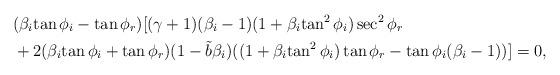
LaTeX: \begin{align*}&({\beta_i}{\tan{\phi_i}}-\tan{\phi_r})[(\gamma+1)(\beta_i-1)(1+{\beta_i}{\tan^2{\phi_i}})\sec^2{\phi_r}\\&+2({\beta_i}{\tan{\phi_i}}+\tan{\phi_r})(1-\tilde{b}{\beta_i})((1+{\beta_i}{\tan^2{\phi_i}})\tan{\phi_r}-\tan{\phi_i}(\beta_i-1))]=0,\end{align*}